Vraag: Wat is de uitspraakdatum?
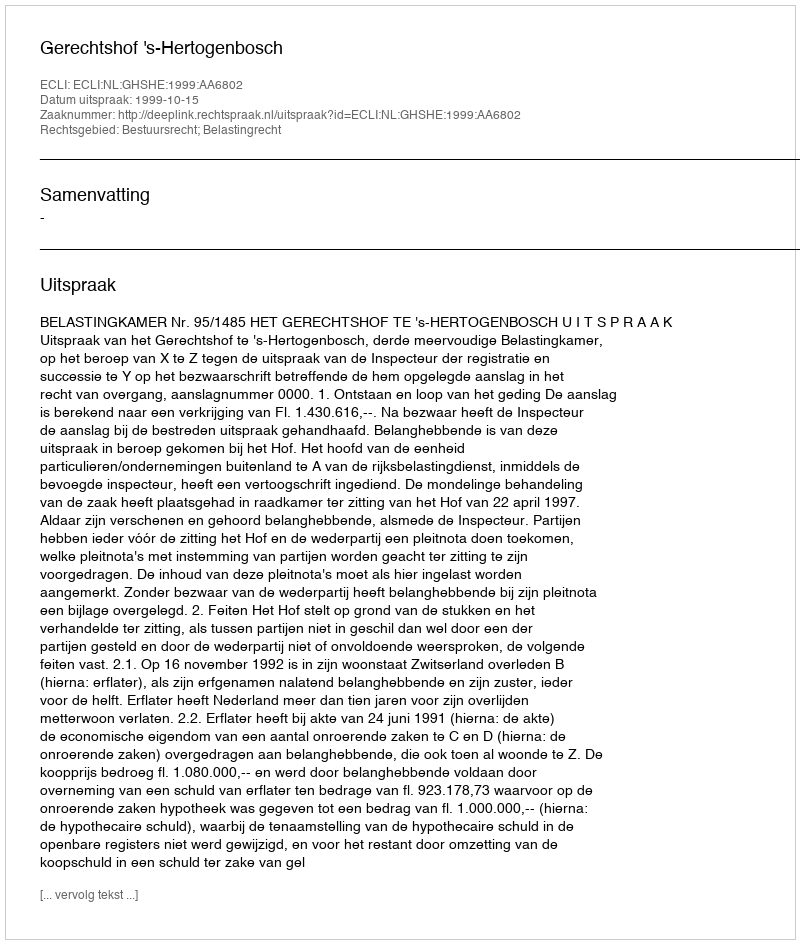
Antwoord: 1999-10-15